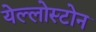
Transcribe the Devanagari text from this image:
येल्लोस्टोन